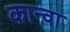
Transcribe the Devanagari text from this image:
कान्वा